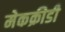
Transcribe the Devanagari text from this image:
मेकक्रीडी